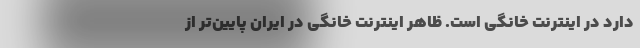
دارد در اینترنت خانگی است. ظاهر اینترنت خانگی در ایران پایین‌تر از